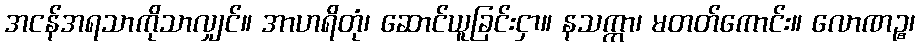
အငန်အရသာကိုသာလျှင်။ အာဟရိတုံ၊ ဆောင်ယူခြင်းငှာ။ နသက္ကာ၊ မတတ်ကောင်း။ လောဏဉ္စ၊